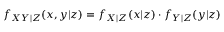
f _ { X Y | Z } ( x , y | z ) = f _ { X | Z } ( x | z ) \cdot f _ { Y | Z } ( y | z )